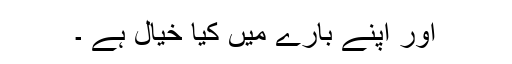
اور اپنے بارے میں کیا خیال ہے ۔